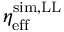
\eta _ { \mathrm { e f f } } ^ { \mathrm { s i m , L L } }